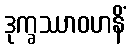
ဒုက္ခဿာဝဟနိံ